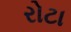
રોટા